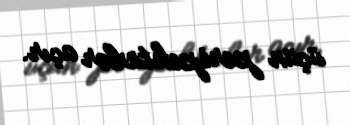
üçün perspektivlər açır.